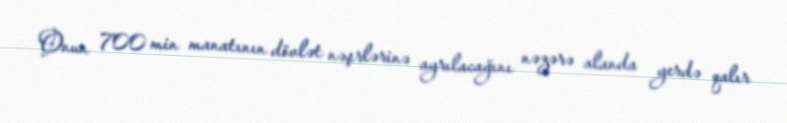
Onun 700 min manatının dövlət nəşrlərinə ayrılacağını nəzərə alanda yerdə qalır